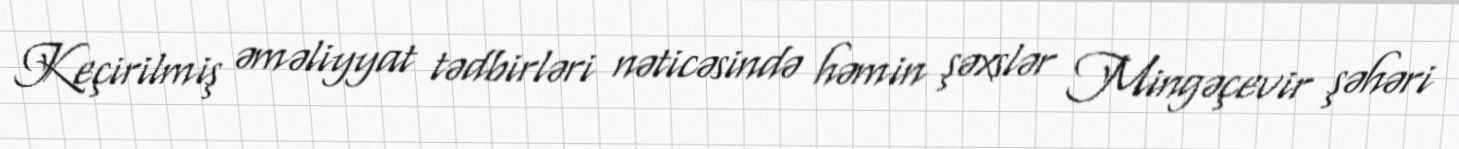
Keçirilmiş əməliyyat tədbirləri nəticəsində həmin şəxslər Mingəçevir şəhəri